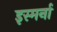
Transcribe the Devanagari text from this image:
इस्मर्ना